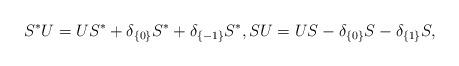
LaTeX: \begin{align*} S^*U = US^* + \delta_{\{0\}}S^* +\delta_{\{-1\}}S^*, S U = U S - \delta_{\{0\}}S - \delta_{\{1\}}S,\end{align*}